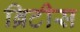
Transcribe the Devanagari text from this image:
ब्रिटीस